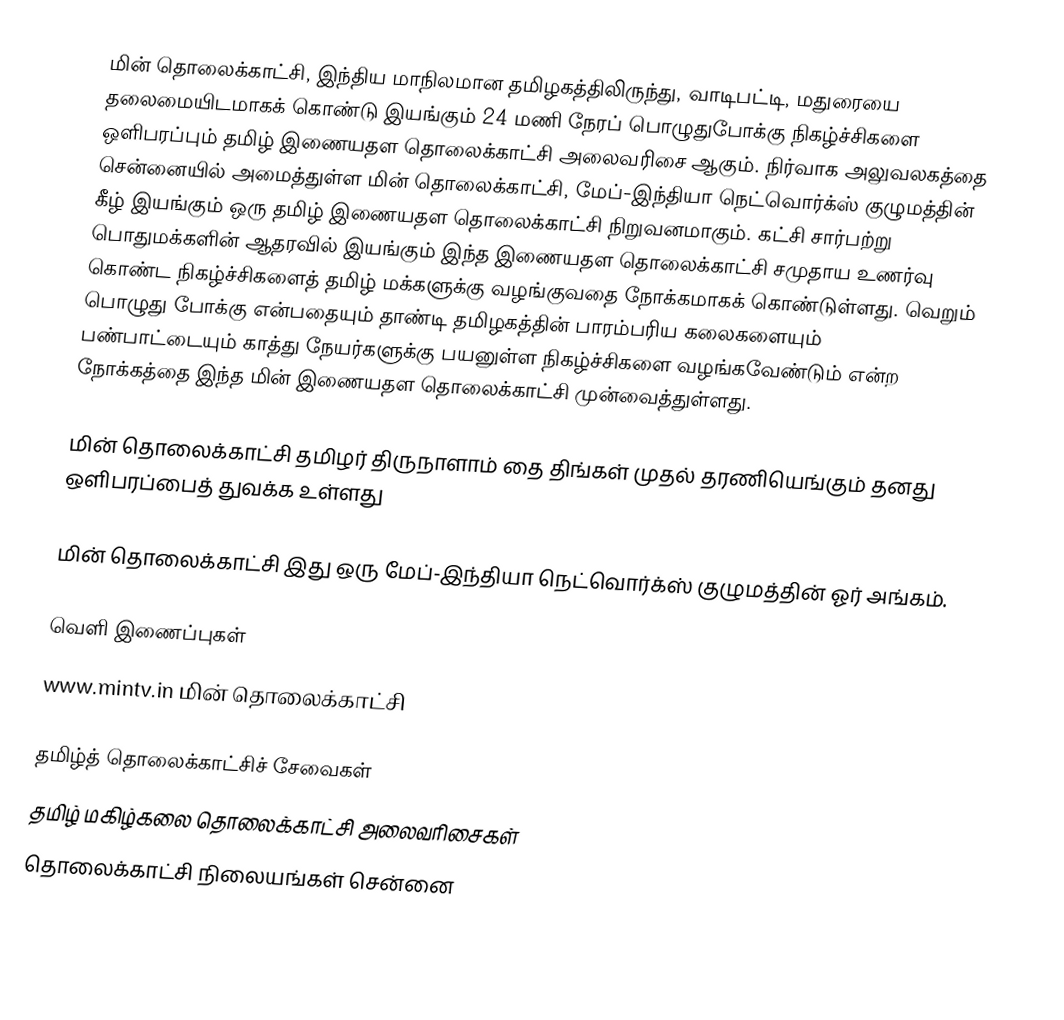
மின் தொலைக்காட்சி, இந்திய மாநிலமான தமிழகத்திலிருந்து, வாடிபட்டி, மதுரையை  தலைமையிடமாகக் கொண்டு இயங்கும் 24 மணி நேரப் பொழுதுபோக்கு நிகழ்ச்சிகளை ஒளிபரப்பும் தமிழ் இணையதள தொலைக்காட்சி அலைவரிசை ஆகும். நிர்வாக அலுவலகத்தை சென்னையில் அமைத்துள்ள மின் தொலைக்காட்சி, மேப்-இந்தியா நெட்வொர்க்ஸ்  குழுமத்தின் கீழ் இயங்கும் ஒரு தமிழ் இணையதள தொலைக்காட்சி நிறுவனமாகும். கட்சி சார்பற்று பொதுமக்களின் ஆதரவில் இயங்கும் இந்த இணையதள தொலைக்காட்சி  சமுதாய உணர்வு கொண்ட நிகழ்ச்சிகளைத் தமிழ் மக்களுக்கு வழங்குவதை நோக்கமாகக் கொண்டுள்ளது. வெறும் பொழுது போக்கு என்பதையும் தாண்டி தமிழகத்தின் பாரம்பரிய கலைகளையும் பண்பாட்டையும் காத்து நேயர்களுக்கு பயனுள்ள நிகழ்ச்சிகளை வழங்கவேண்டும் என்ற நோக்கத்தை இந்த மின் இணையதள தொலைக்காட்சி முன்வைத்துள்ளது.

மின் தொலைக்காட்சி தமிழர் திருநாளாம் தை திங்கள் முதல் தரணியெங்கும் தனது ஒளிபரப்பைத் துவக்க உள்ளது

மின் தொலைக்காட்சி இது ஒரு மேப்-இந்தியா நெட்வொர்க்ஸ் குழுமத்தின் ஓர் அங்கம்.

வெளி இணைப்புகள்
 www.mintv.in மின் தொலைக்காட்சி

தமிழ்த் தொலைக்காட்சிச் சேவைகள்
தமிழ் மகிழ்கலை தொலைக்காட்சி அலைவரிசைகள்
தொலைக்காட்சி நிலையங்கள் சென்னை